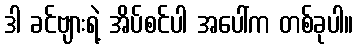
ဒါ ခင်ဗျားရဲ့ အိပ်စင်ပါ အပေါ်က တစ်ခုပါ။